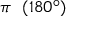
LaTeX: \pi \ \ ( 1 8 0 ^ { \circ } )